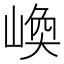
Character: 𡺌